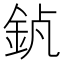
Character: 𨥵